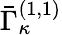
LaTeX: \bar{\Gamma}_{\kappa}^{(1,1)}